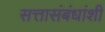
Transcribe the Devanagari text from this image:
सत्तासंबंधांशी